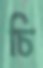
চি